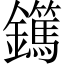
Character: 𨯹